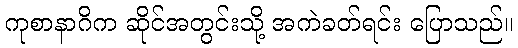
ကုစာနာဂိက ဆိုင်အတွင်းသို့ အကဲခတ်ရင်း ပြောသည်။